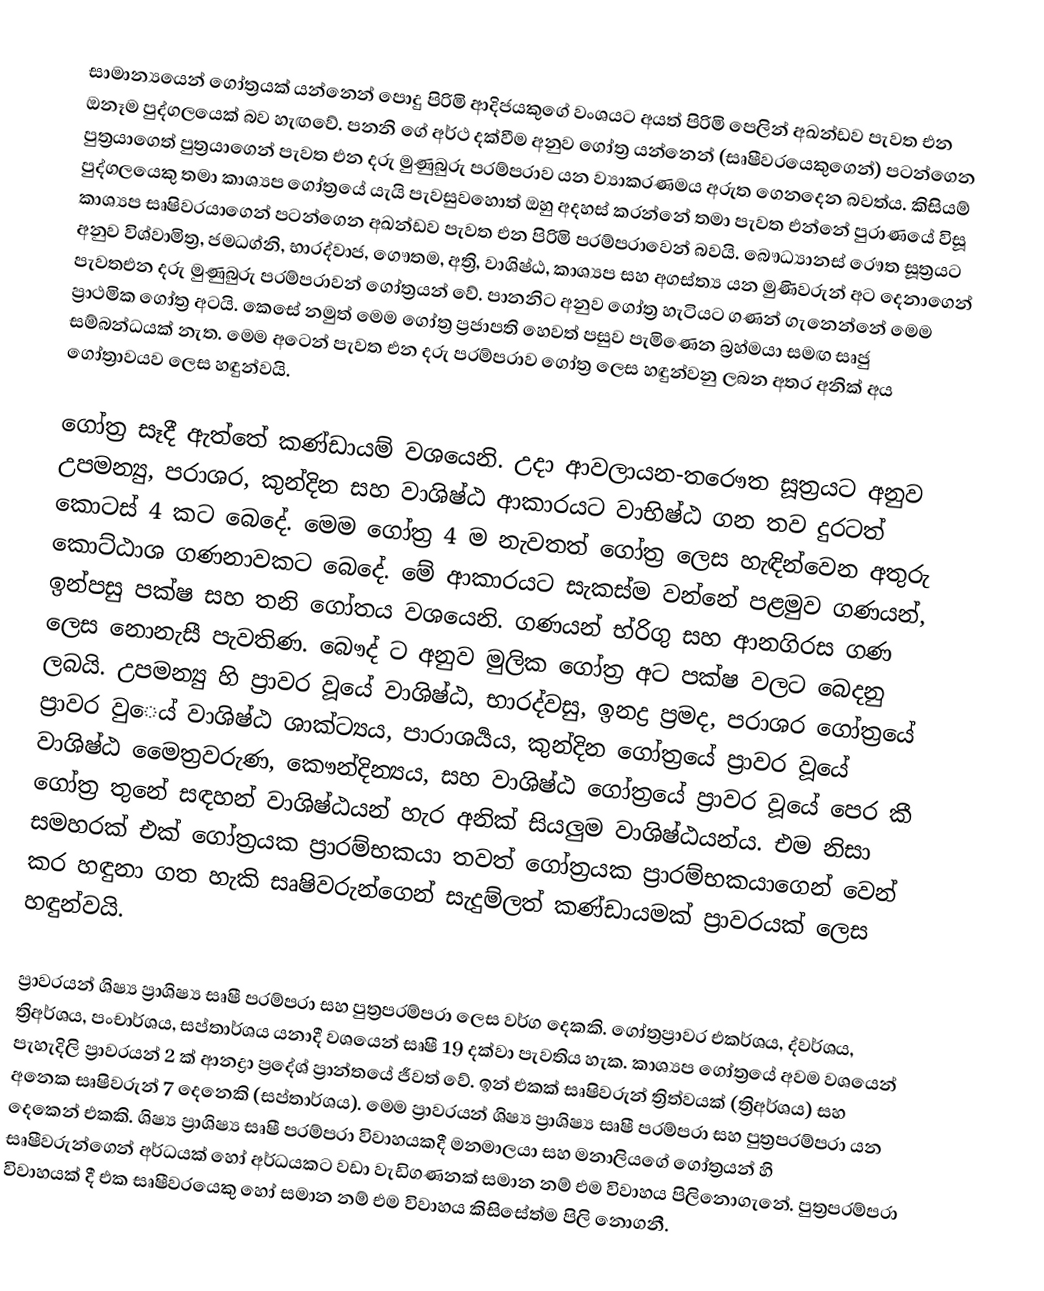
සාමාන්‍යයෙන් ගෝත්‍රයක් යන්නෙන් පොදු පිරිමි ආදිජයකුගේ වංශයට අයත් පිරිමි පෙලින් අඛන්ඩව පැවත එන ඔනෑම පුද්ගලයෙක් බව හැඟවේ. පනනි ගේ අර්ථ දක්වීම අනුව ගෝත්‍ර යන්නෙන් (සෘෂීවරයෙකුගෙන්) පටන්ගෙන පුත්‍රයාගෙත් පුත්‍රයාගෙන් පැවත එන දරු මුණුබුරු පරම්පරාව යන ව්‍යාකරණමය අරුත ගෙනදෙන බවත්ය. කිසියම් පුද්ගලයෙකු තමා කාශ්‍යප ගෝත්‍රයේ යැයි පැවසුවහොත් ඔහු අදහස් කරන්නේ තමා පැවත එන්නේ පුරාණයේ විසූ කාශ්‍යප සෘෂිවරයාගෙන් පටන්ගෙන අඛන්ඩව පැවත එන පිරිමි පරම්පරාවෙන් බවයි. බෞධ්‍යානස් රෞත සූත්‍රයට අනුව විශ්වාමිත්‍ර, ජමධග්නි, භාරද්වාජ, ගෞතම, අත්‍රි, වාශිෂ්ඨ, කාශ්‍යප සහ අගස්ත්‍ය යන මුණිවරුන් අට දෙනාගෙන් පැවතඑන දරු මුණුබුරු පරම්පරාවන් ගෝත්‍රයන් වේ. පානනිට අනුව    ගෝත්‍ර හැටියට ගණන් ගැනෙන්නේ මෙම ප්‍රාථමික ගෝත්‍ර අටයි. කෙසේ නමුත් මෙම ගෝත්‍ර ප්‍රජාපති හෙවත් පසුව පැමිණෙන බ්‍රහ්මයා සමඟ සෘජු සම්බන්ධයක් නැත. මෙම අටෙන් පැවත එන දරු පරම්පරාව ගෝත්‍ර ලෙස හඳුන්වනු ලබන අතර අනික් අය ගෝත්‍රාවයව ලෙස හඳුන්වයි.

ගෝත්‍ර සෑදී ඇත්තේ කණ්ඩායම් වශයෙනි. උදා ආවලායන-තරෞත සූත්‍රයට අනුව උපමන්‍යු, පරාශර, කුන්දින සහ වාශිෂ්ඨ ආකාරයට වාභිෂ්ඨ ගන තව දුරටත් කොටස් 4 කට බෙදේ. මෙම ගෝත්‍ර 4 ම නැවතත් ගෝත්‍ර ලෙස හැඳින්වෙන අතුරු කොට්ඨාශ ගණනාවකට බෙදේ. මේ ආකාරයට සැකස්ම වන්නේ පළමුව ගණයන්, ඉන්පසු පක්ෂ සහ තනි ගෝතය වශයෙනි. ගණයන් භ්රිගු සහ ආනගිරස ගණ ලෙස නොනැසී පැවතිණ. බෞද් ට අනුව මුලික ගෝත්‍ර අට පක්ෂ වලට බෙදනු ලබයි. උපමන්‍යු හි ප්‍රාවර වූයේ වාශිෂ්ඨ, භාරද්වසු, ඉනද්‍ර ප්‍රමද, පරාශර ගෝත්‍රයේ ප්‍රාවර වුෙය් වාශිෂ්ඨ ශාක්ට්‍යය, පාරාශර්‍යය, කුන්දින ගෝත්‍රයේ ප්‍රාවර වූයේ වාශිෂ්ඨ මෛත්‍රවරුණ, කෞන්දින්‍යය, සහ වාශිෂ්ඨ ගෝත්‍රයේ ප්‍රාවර වූයේ පෙර කී ගෝත්‍ර තුනේ සඳහන් වාශිෂ්ඨයන් හැර අනික් සියලුම වාශිෂ්ඨයන්ය. එම නිසා සමහරක් එක් ගෝත්‍රයක ප්‍රාරම්භකයා තවත් ගෝත්‍රයක ප්‍රාරම්භකයාගෙන් වෙන් කර හඳුනා ගත හැකි සෘෂිවරුන්ගෙන් සැදුම්ලත් කණ්ඩායමක් ප්‍රාවරයක් ලෙස හඳුන්වයි.

ප්‍රාවරයන් ශිෂ්‍ය ප්‍රාශිෂ්‍ය සෘෂී පරම්පරා සහ පුත්‍රපරම්පරා ලෙස වර්ග දෙකකි. ගෝත්‍රප්‍රාවර එකර්ශය, ද්වර්ශය, ත්‍රිඅර්ශය, පංචාර්ශය, සප්තාර්ශය යනාදී වශයෙන් සෘෂී 19 දක්වා පැවතිය හැක. කාශ්‍යප ගෝත්‍රයේ අවම වශයෙන් පැහැදිලි ප්‍රාවරයන් 2 ක් ආනද්‍රා ප්‍රදේශ් ප්‍රාන්තයේ ජීවත් වේ. ඉන් එකක් සෘෂිවරුන් ත්‍රිත්වයක් (ත්‍රිඅර්ශය) සහ අනෙක සෘෂිවරුන් 7 දෙනෙකි (සප්තාර්ශය). මෙම ප්‍රාවරයන් ශිෂ්‍ය ප්‍රාශිෂ්‍ය සෘෂී පරම්පරා සහ පුත්‍රපරම්පරා යන දෙකෙන් එකකි. ශිෂ්‍ය ප්‍රාශිෂ්‍ය සෘෂී පරම්පරා විවාහයකදී මනමාලයා සහ මනාලියගේ ගෝත්‍රයන් හි සෘෂීවරුන්ගෙන් අර්ධයක් හෝ අර්ධයකට වඩා වැඩිගණනක් සමාන නම් එම විවාහය පිලිනොගැනේ. පුත්‍රපරම්පරා විවාහයක් දී එක සෘෂීවරයෙකු හෝ සමාන නම් එම විවාහය කිසිසේත්ම පිලි නොගනී.